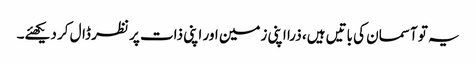
یہ تو آسمان کی باتیں ہیں، ذرا اپنی زمین اور اپنی ذات پر نظر ڈال کر دیکھئے۔